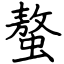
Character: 螯